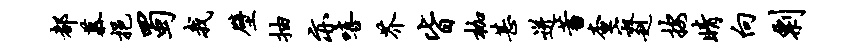
都慕挹蜀我壁抽亦嘻芥皆枷甚迸蓄查寂赳按睛向剽